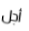
أجل